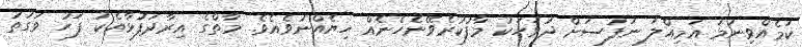
ކަމެއްވިނަމަ އަމިއްލަ ނަފުސަށް ދުވަހަކު މާފުކުރެވޭނެހެނެއް ހިޔެއްނުވެއެވެ. މާތްގެ އިރާދަފުޅާއެކު ފަހު ވަގުތު